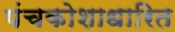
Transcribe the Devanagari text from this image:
पंचकोशाधारित